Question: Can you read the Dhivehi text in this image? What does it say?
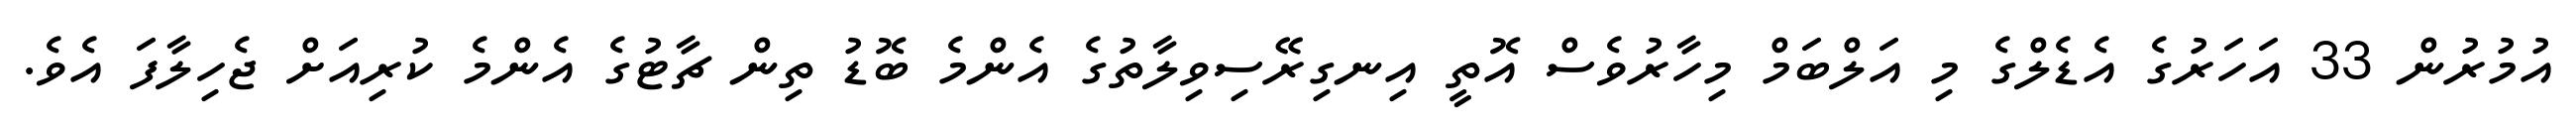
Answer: އުމުރުން 33 އަހަރުގެ އެޑެލްގެ މި އަލްބަމް މިހާރުވެސް އޮތީ އިނގިރޭސިވިލާތުގެ އެންމެ ބޮޑު ތިން ޗާޓުގެ އެންމެ ކުރިއަށް ޖެހިލާފަ އެވެ.